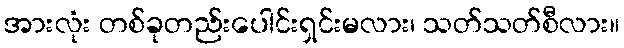
အားလုံး တစ်ခုတည်းပေါင်းရှင်းမလား၊ သတ်သတ်စီလား။